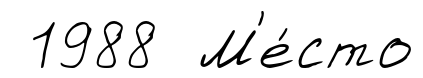
1988 М'е́сто